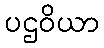
ပဌဝိယာ